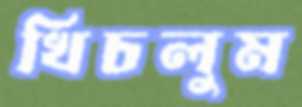
খিচলুম